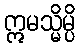
ဣမသ္မိမ္ပိ